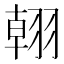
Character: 䎐